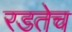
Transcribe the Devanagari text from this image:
रडतेच